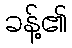
ခန့်၏